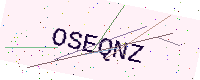
Text: OSEQNZ